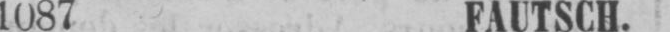
1087 FAUTSCH.